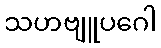
သဟဗျူပဂေါ